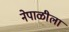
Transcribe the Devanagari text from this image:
नेपाळीला